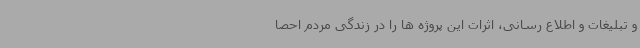
و تبلیغات و اطلاع رسانی، اثرات این پروژه ها را در زندگی مردم احصا